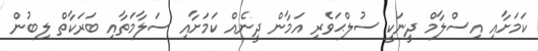
ކަމަށާއި އިސްލާމް ދީނަކީ ސުލްޙަވެރި އަމާން ދީނެއް ކަމަށާއި ސަލާމަތާއި ބަރަކާތް ލިބުން